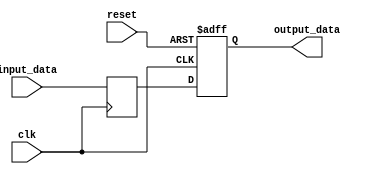
module dff_delay (
    input wire clk,
    input wire reset,
    input wire input_data,
    output reg output_data
);

reg delayed_input;

// Adding a delay of 1 clock cycle
always @(posedge clk) begin
    delayed_input <= input_data;
end

// D flip-flop
always @(posedge clk or posedge reset) begin
    if (reset) begin
        output_data <= 1'b0;
    end else begin
        output_data <= delayed_input;
    end
end

endmodule